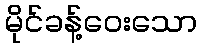
မိုင်ခန့်ဝေးသော